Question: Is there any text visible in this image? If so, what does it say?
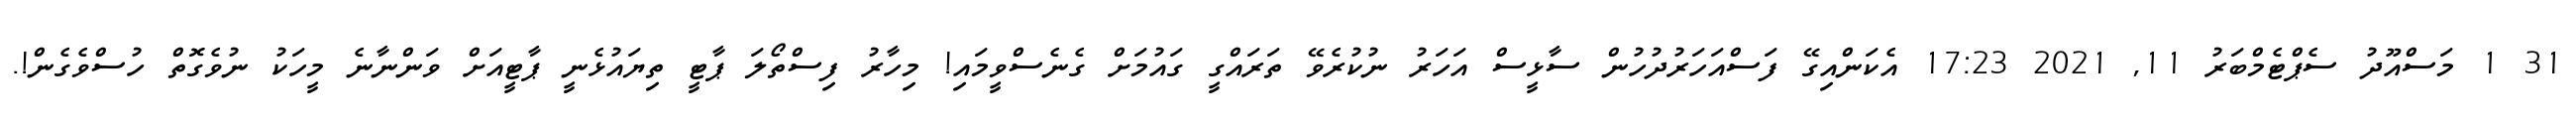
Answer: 31 1 މަސްއޫދު ސެޕްޓެމްބަރު 11, 2021 17:23 އެކަންއިގޭ ފަސްއަހަރުދުހުން ސާޅީސް އަހަރު ނުކުރެވޭ ތަރައްގީ ގައުމަށް ގެނެސްވީމައި! މިހާރު ފިސްތޯލަ ޕާޓީ ތިޔައުޅެނީ ޕާޓީއަށް ވަންނާނެ މީހަކު ނުވެގޮތް ހުސްވެގެން!.